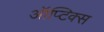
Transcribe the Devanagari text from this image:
ऑप्टिक्‍स